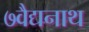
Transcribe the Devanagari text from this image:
७वैद्यनाथ